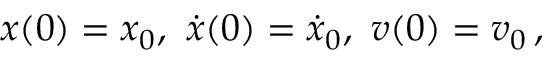
x ( 0 ) = x _ { 0 } , ~ \dot { x } ( 0 ) = \dot { x } _ { 0 } , ~ v ( 0 ) = v _ { 0 } \, ,